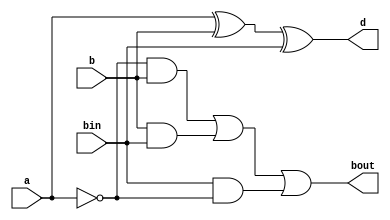
`timescale 1ns / 1ps
//////////////////////////////////////////////////////////////////////////////////
// Company: 
// Engineer: 
// 
// Design Name: 
// Module Name: fullsubtractor1
// Project Name: 
// Target Devices: 
// Tool Versions: 
// Description: 
// 
// Dependencies: 
// 
// Revision:
// Revision 0.01 - File Created
// Additional Comments:
// 
//////////////////////////////////////////////////////////////////////////////////


module fullsubtractor1(a,b,bin,d,bout );
    input a;
    input b;
    input bin;
    output d; 
    output bout;
    
    assign d=a^b^bin;
    assign bout= ~a&b | b&bin | bin&~a;
       
endmodule